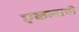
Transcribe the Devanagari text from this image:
एकत्वाची